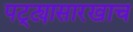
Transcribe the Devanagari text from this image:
पट्ट्यासारखाच